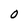
Character: O